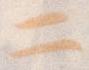
二